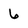
Character: 6